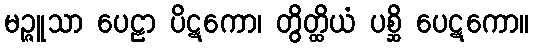
မဉ္ဇူသာ ပေဠာ ပိဋကော၊ တွိတ္ထိယံ ပစ္ဆိ ပေဋကော။